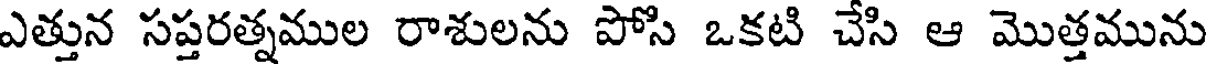
ఎత్తున సప్తరత్నముల రాశులను పోసి ఒకటి చేసి ఆ మొత్తమును